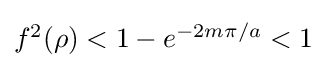
\textstyle f^{2}(\rho )<1-e^{-2m\pi /a}<1